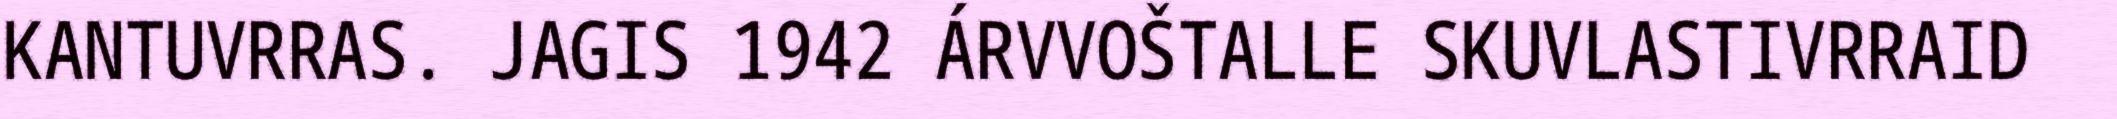
KANTUVRRAS. JAGIS 1942 ÁRVVOŠTALLE SKUVLASTIVRRAID